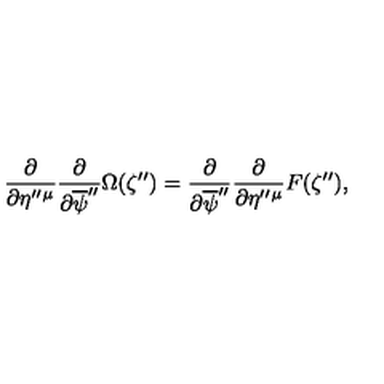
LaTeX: \frac { \partial } { \partial \eta ^ { \prime \prime } { } ^ { \mu } } \frac { \partial } { \partial \overline { { \psi } } ^ { \prime \prime } } \Omega ( \zeta ^ { \prime \prime } ) = \frac { \partial } { \partial \overline { { \psi } } ^ { \prime \prime } } \frac { \partial } { \partial \eta ^ { \prime \prime } { } ^ { \mu } } F ( \zeta ^ { \prime \prime } ) ,